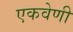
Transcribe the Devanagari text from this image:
एकवेणी